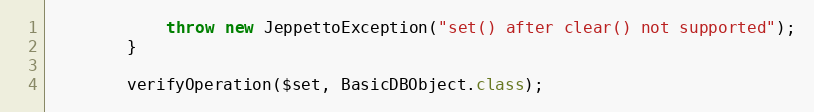
Language: Java
            throw new JeppettoException("set() after clear() not supported");
        }

        verifyOperation($set, BasicDBObject.class);